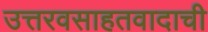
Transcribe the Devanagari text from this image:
उत्तरवसाहतवादाची